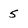
Character: 5